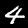
Digit: 4